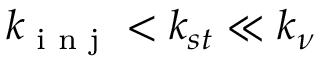
k _ { \textrm { i n j } } < k _ { s t } \ll k _ { \nu }